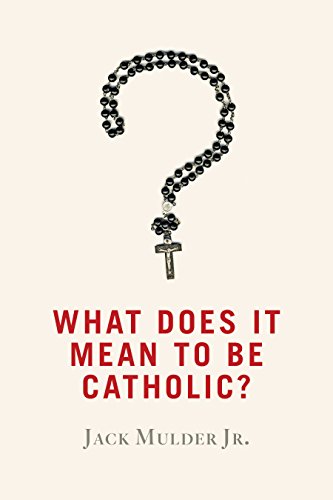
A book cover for What Does It Mean to Be Catholic?; Jack, Jr. Mulder; Christian Books & Bibles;